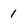
Character: 1